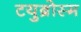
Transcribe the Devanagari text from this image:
टयुब्रोस्म